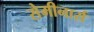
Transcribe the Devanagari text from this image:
सेमीनार्स